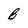
Character: B